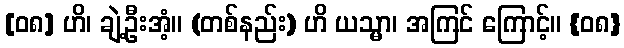
[၀၈] ဟိ၊ ချဲ့ဦးအံ့။ (တစ်နည်း) ဟိ ယသ္မာ၊ အကြင် ကြောင့်။ {၀၈}